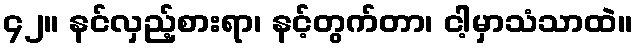
၄၂။ နင်လှည့်စားရာ၊ နင့်တွက်တာ၊ ငါ့မှာသံသာထဲ။